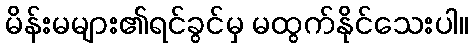
မိန်းမများ၏ရင်ခွင်မှ မထွက်နိုင်သေးပါ။